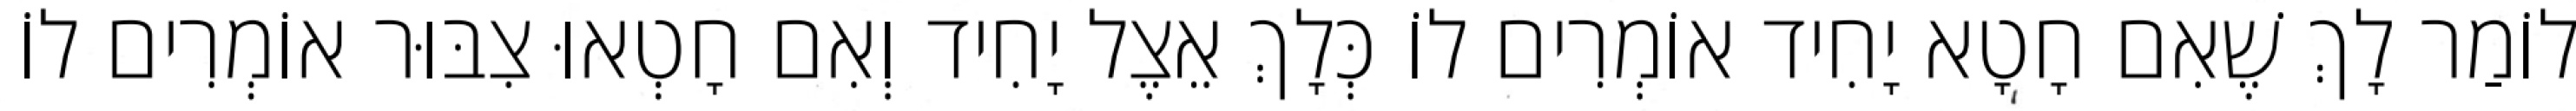
לוֹמַר לָךְ שֶׁאִם חָטָא יָחִיד אוֹמְרִים לוֹ כְּלָךְ אֵצֶל יָחִיד וְאִם חָטְאוּ צִבּוּר אוֹמְרִים לוֹ